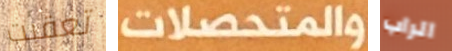
تعقبت والمتحصلات الراب